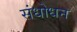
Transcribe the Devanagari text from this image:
संधोधन